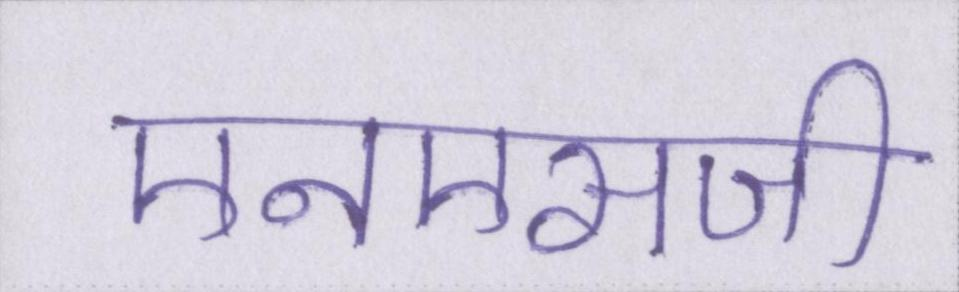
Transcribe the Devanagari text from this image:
एनएसजी